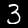
Digit: 3